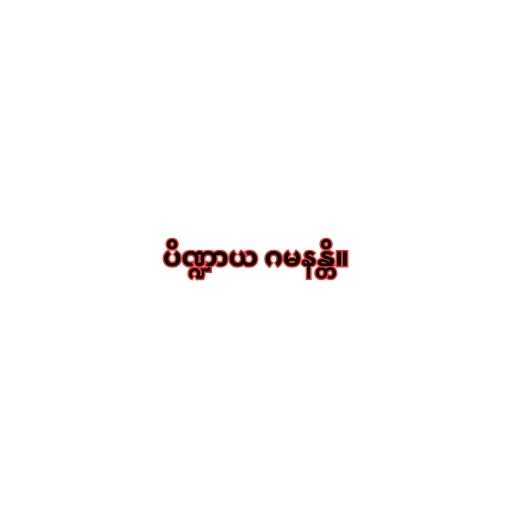
ပိဏ္ဍာယ ဂမနန္တိ။